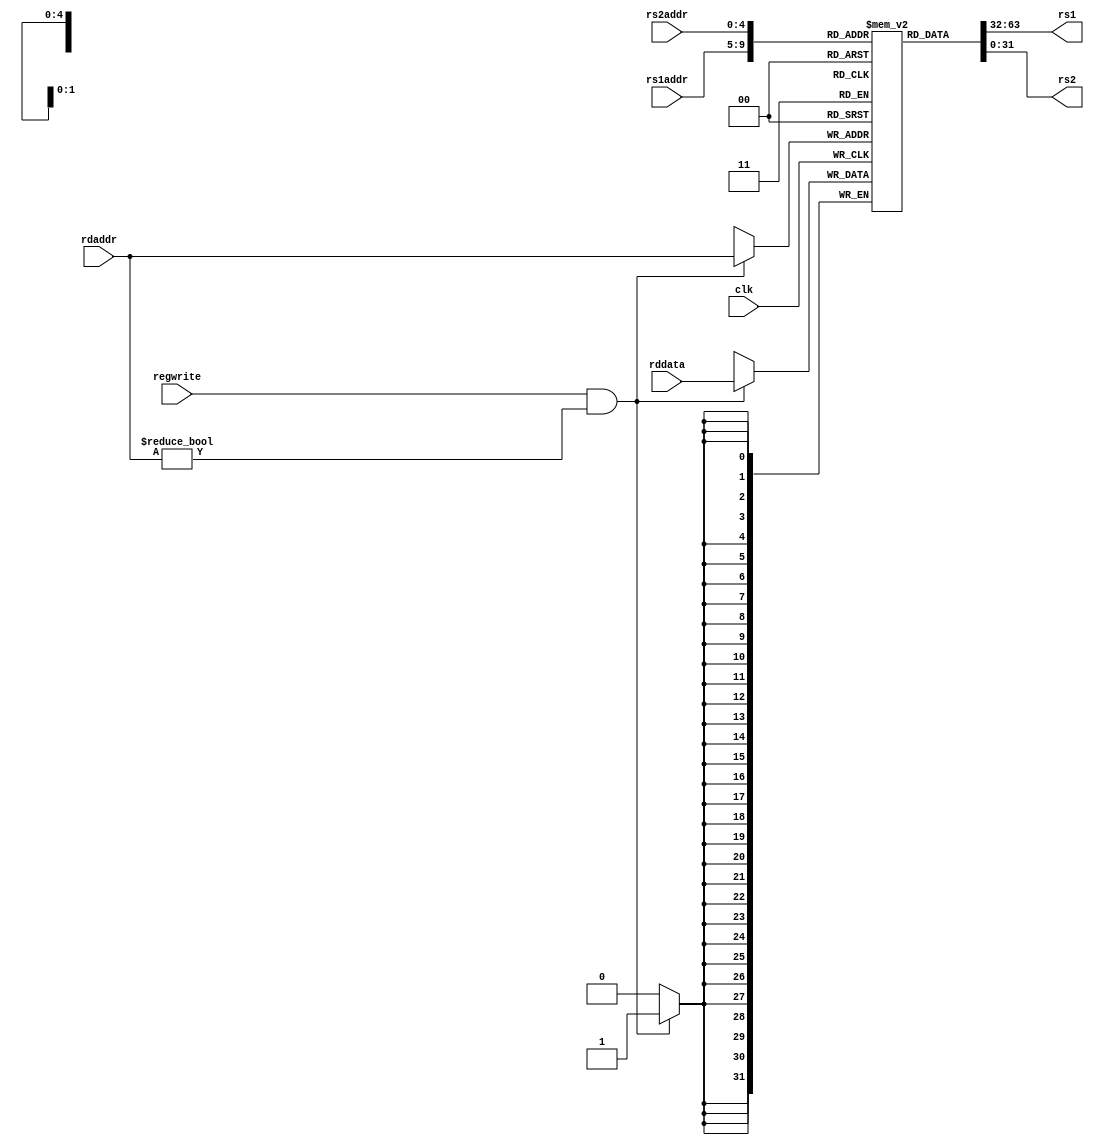
module registerBank(
  input clk,
  input regwrite,
  input [4:0] rdaddr,
  input [31:0] rddata,
  input [4:0] rs1addr,
  input [4:0] rs2addr,
  output [31:0] rs1,
  output [31:0] rs2
);
  reg [31:0] regs [0:31];

  assign rs1 = regs[rs1addr];
  assign rs2 = regs[rs2addr];

  always @(posedge clk) begin
    if (regwrite & rdaddr != 0) begin
      regs[rdaddr] <= rddata;
    end
  end

  initial regs[0] <= 32'b0;

  // just so i can see it gktwave
  reg [31:0] reg0;
  reg [31:0] reg1;
  reg [31:0] reg2;
  reg [31:0] reg3;
  reg [31:0] reg4;
  reg [31:0] reg5;
  reg [31:0] reg6;
  reg [31:0] reg7;
  reg [31:0] reg8;
  reg [31:0] reg9;
  reg [31:0] reg10;
  reg [31:0] reg11;
  reg [31:0] reg12;
  reg [31:0] reg13;
  reg [31:0] reg14;
  reg [31:0] reg15;
  reg [31:0] reg16;
  reg [31:0] reg17;
  reg [31:0] reg18;
  reg [31:0] reg19;
  reg [31:0] reg20;
  reg [31:0] reg21;
  reg [31:0] reg22;
  reg [31:0] reg23;
  reg [31:0] reg24;
  reg [31:0] reg25;
  reg [31:0] reg26;
  reg [31:0] reg27;
  reg [31:0] reg28;
  reg [31:0] reg29;
  reg [31:0] reg30;
  reg [31:0] reg31;
  always @ (*) begin
    reg0 = regs[0];
    reg1 = regs[1];
    reg2 = regs[2];
    reg3 = regs[3];
    reg4 = regs[4];
    reg5 = regs[5];
    reg6 = regs[6];
    reg7 = regs[7];
    reg8 = regs[8];
    reg9 = regs[9];
    reg10 = regs[10];
    reg11 = regs[11];
    reg12 = regs[12];
    reg13 = regs[13];
    reg14 = regs[14];
    reg15 = regs[15];
    reg16 = regs[16];
    reg17 = regs[17];
    reg18 = regs[18];
    reg19 = regs[19];
    reg20 = regs[20];
    reg21 = regs[21];
    reg22 = regs[22];
    reg23 = regs[23];
    reg24 = regs[24];
    reg25 = regs[25];
    reg26 = regs[26];
    reg27 = regs[27];
    reg28 = regs[28];
    reg29 = regs[29];
    reg30 = regs[30];
    reg31 = regs[31];
  end
endmodule